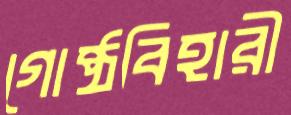
গোষ্ঠবিহারী